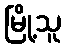
မြို့သူ